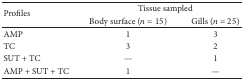
<table><thead><tr><td rowspan="2"><b>Profiles</b></td><td colspan="2"><b>Tissue sampled</b></td></tr><tr><td><b>Body surface (<i>n</i> = 15)</b></td><td><b>Gills (<i>n</i> = 25)</b></td></tr></thead><tbody><tr><td>AMP</td><td>1</td><td>3</td></tr><tr><td>TC</td><td>3</td><td>2</td></tr><tr><td>SUT + TC</td><td>—</td><td>1</td></tr><tr><td>AMP + SUT + TC</td><td>1</td><td>—</td></tr></tbody></table>